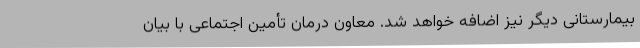
بیمارستانی دیگر نیز اضافه خواهد شد. معاون درمان تأمین اجتماعی با بیان